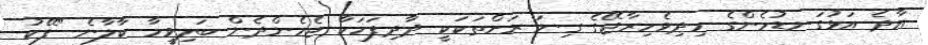
އާދެ އަޅުގަނޑުމެންގެ މިދިވެހިރާޖޭގެ ގިނަ ރަށްތަކަކީ ދާދިފަހަކާ ޖެހެންދެން ބަލިވީމާ ކާލާނެ "ފޭކު